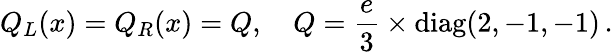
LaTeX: Q_{L}(x)=Q_{R}(x)=Q,\quad Q=\frac{e}{3}\times\mathrm{diag}(2,-1,-1)\, .